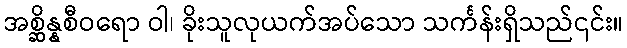
အစ္ဆိန္နစီဝရော ဝါ၊ ခိုးသူလုယက်အပ်သော သင်္ကန်းရှိသည်၎င်း။